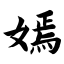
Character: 嫣